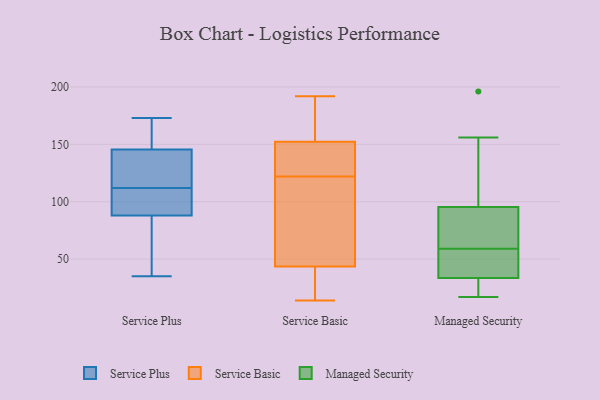
{"axis": {"x": "Bounce Rate (%)", "y": "Value"}, "legend": ["Managed Security", "Service Basic", "Service Plus"], "data": [{"x": "", "y": 162, "type": "Service Plus"}, {"x": "", "y": 120, "type": "Service Plus"}, {"x": "", "y": 142, "type": "Service Plus"}, {"x": "", "y": 67, "type": "Service Plus"}, {"x": "", "y": 35, "type": "Service Plus"}, {"x": "", "y": 104, "type": "Service Plus"}, {"x": "", "y": 173, "type": "Service Plus"}, {"x": "", "y": 149, "type": "Service Plus"}, {"x": "", "y": 89, "type": "Service Plus"}, {"x": "", "y": 133, "type": "Service Plus"}, {"x": "", "y": 87, "type": "Service Plus"}, {"x": "", "y": 95, "type": "Service Plus"}, {"x": "", "y": 70, "type": "Service Basic"}, {"x": "", "y": 15, "type": "Service Basic"}, {"x": "", "y": 122, "type": "Service Basic"}, {"x": "", "y": 14, "type": "Service Basic"}, {"x": "", "y": 24, "type": "Service Basic"}, {"x": "", "y": 145, "type": "Service Basic"}, {"x": "", "y": 153, "type": "Service Basic"}, {"x": "", "y": 117, "type": "Service Basic"}, {"x": "", "y": 145, "type": "Service Basic"}, {"x": "", "y": 40, "type": "Service Basic"}, {"x": "", "y": 149, "type": "Service Basic"}, {"x": "", "y": 192, "type": "Service Basic"}, {"x": "", "y": 24, "type": "Service Basic"}, {"x": "", "y": 191, "type": "Service Basic"}, {"x": "", "y": 150, "type": "Service Basic"}, {"x": "", "y": 55, "type": "Service Basic"}, {"x": "", "y": 176, "type": "Service Basic"}, {"x": "", "y": 171, "type": "Service Basic"}, {"x": "", "y": 54, "type": "Service Basic"}, {"x": "", "y": 43, "type": "Managed Security"}, {"x": "", "y": 34, "type": "Managed Security"}, {"x": "", "y": 156, "type": "Managed Security"}, {"x": "", "y": 59, "type": "Managed Security"}, {"x": "", "y": 17, "type": "Managed Security"}, {"x": "", "y": 66, "type": "Managed Security"}, {"x": "", "y": 23, "type": "Managed Security"}, {"x": "", "y": 196, "type": "Managed Security"}, {"x": "", "y": 100, "type": "Managed Security"}, {"x": "", "y": 32, "type": "Managed Security"}, {"x": "", "y": 88, "type": "Managed Security"}, {"x": "", "y": 38, "type": "Managed Security"}, {"x": "", "y": 94, "type": "Managed Security"}]}